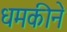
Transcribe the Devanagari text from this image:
धमकीने